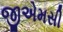
જીએમસી